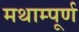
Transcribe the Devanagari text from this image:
मथाम्पूर्ण